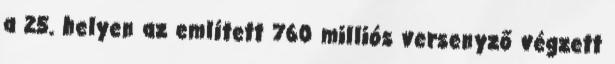
a 25. helyen az említett 760 milliós versenyző végzett